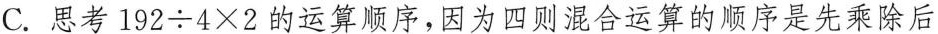
C.思考$$1 9 2 \div 4 \times 2$$的运算顺序，因为四则混合运算的顺序是先乘除后